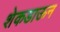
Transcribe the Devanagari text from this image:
शेकडाऊन